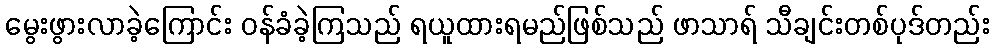
မွေးဖွားလာခဲ့ကြောင်း ဝန်ခံခဲ့ကြသည် ရယူထားရမည်ဖြစ်သည် ဖာသာရ် သီချင်းတစ်ပုဒ်တည်း